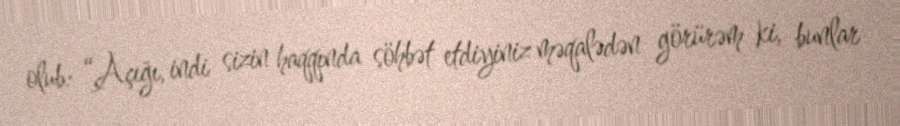
olub: “Açığı, indi sizin haqqında söhbət etdiyiniz məqalədən görürəm ki, bunlar